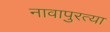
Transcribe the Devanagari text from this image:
नावापुरत्या